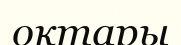
оқтары